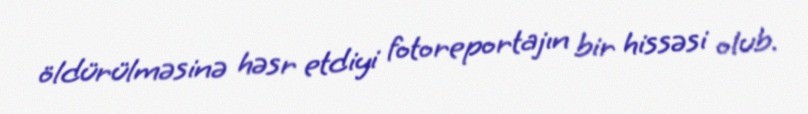
öldürülməsinə həsr etdiyi fotoreportajın bir hissəsi olub.